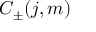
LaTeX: C _ { \pm } ( j , m )